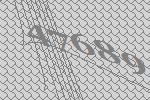
47689